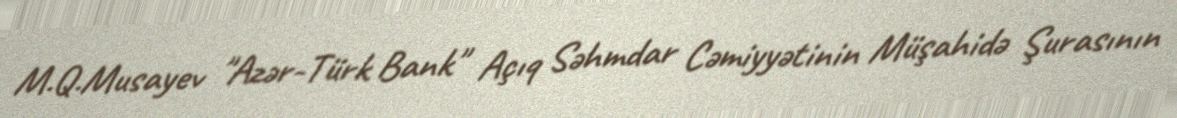
M.Q.Musayev "Azər-Türk Bank" Açıq Səhmdar Cəmiyyətinin Müşahidə Şurasının